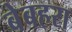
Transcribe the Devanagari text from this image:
बेबहरा